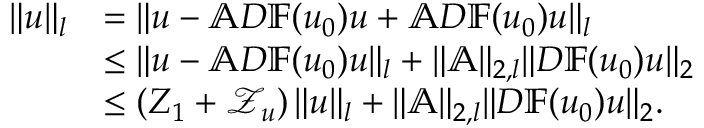
\begin{array} { r l } { \| u \| _ { l } } & { = \| u - \mathbb { A } D \mathbb { F } ( u _ { 0 } ) u + \mathbb { A } D \mathbb { F } ( u _ { 0 } ) u \| _ { l } } \\ & { \leq \| u - \mathbb { A } D \mathbb { F } ( u _ { 0 } ) u \| _ { l } + \| \mathbb { A } \| _ { 2 , l } \| D \mathbb { F } ( u _ { 0 } ) u \| _ { 2 } } \\ & { \leq \left( Z _ { 1 } + \mathcal { Z } _ { u } \right) \| u \| _ { l } + \| \mathbb { A } \| _ { 2 , l } \| D \mathbb { F } ( u _ { 0 } ) u \| _ { 2 } . } \end{array}